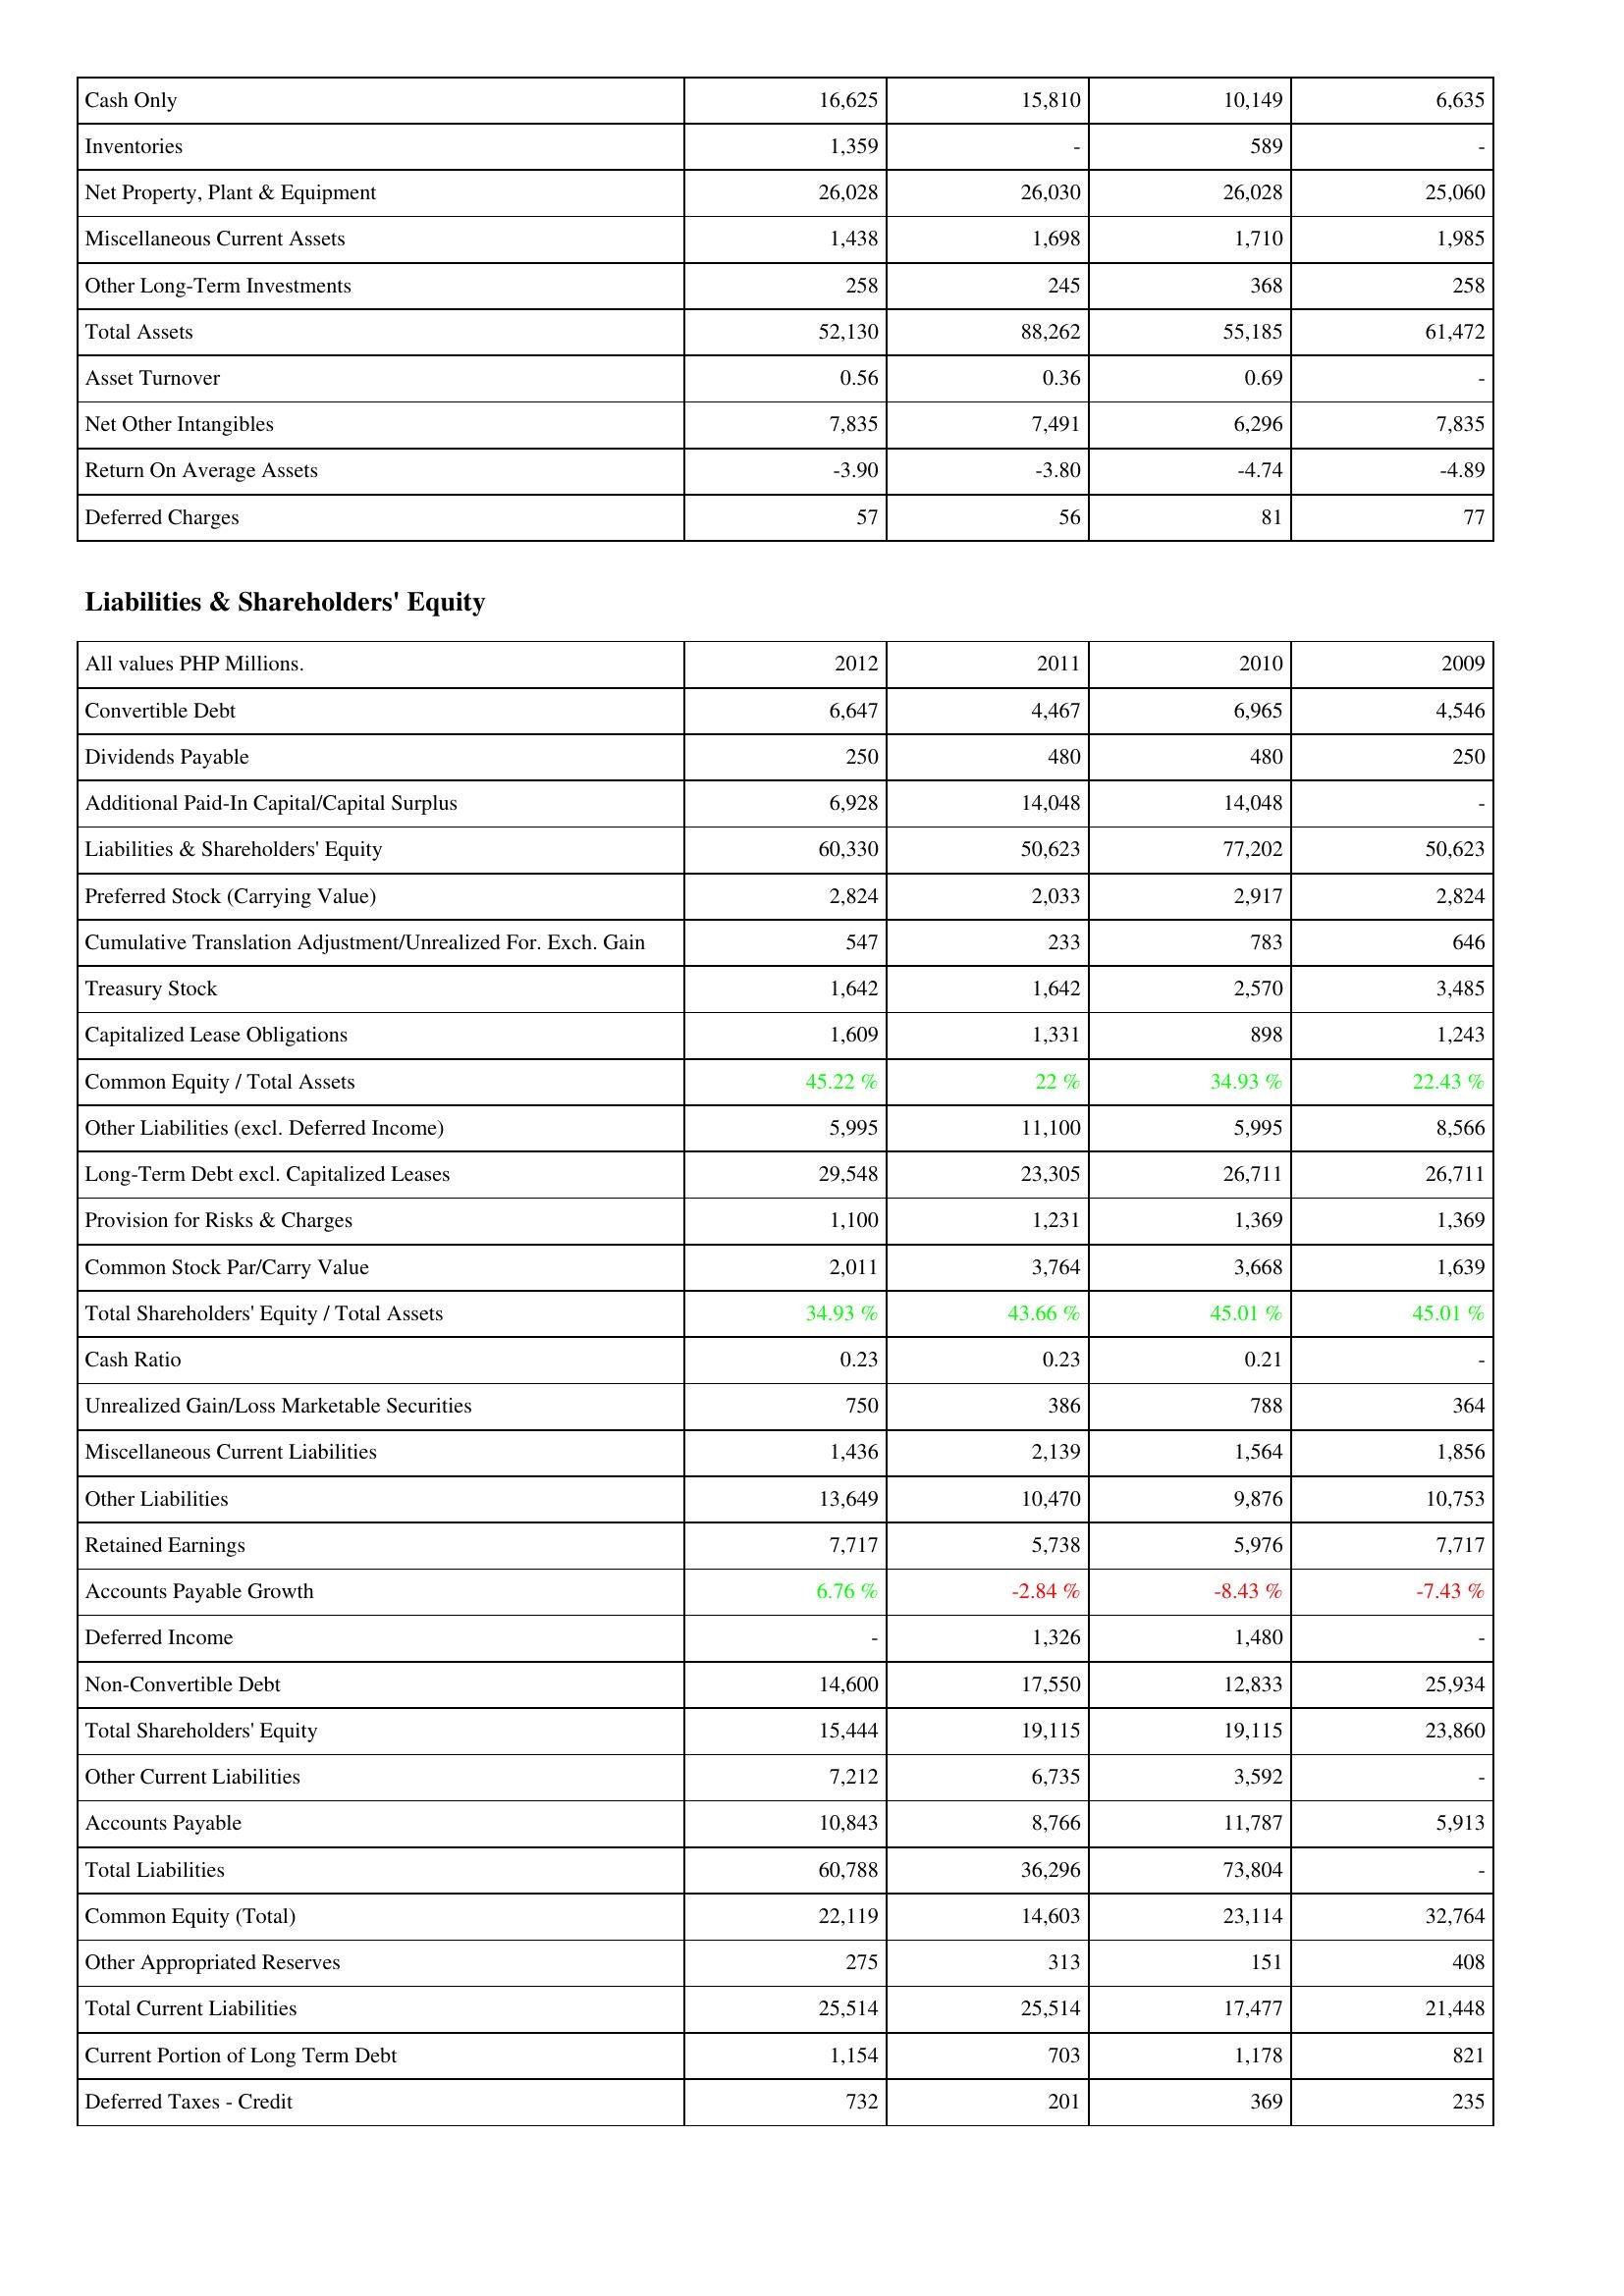
2012: Assets: Cash Only: 16,625
Inventories: 1,359
Net Property, Plant & Equipment: 26,028
Miscellaneous Current Assets: 1,438
Other Long-Term Investments: 258
Total Assets: 52,130
Asset Turnover: 0.56
Net Other Intangibles: 7,835
Return On Average Assets: -3.90
Deferred Charges: 57
Liabilities & Shareholders' Equity: Convertible Debt: 6,647
Dividends Payable: 250
Additional Paid-In Capital/Capital Surplus: 6,928
Liabilities & Shareholders' Equity: 60,330
Preferred Stock (Carrying Value): 2,824
Cumulative Translation Adjustment/Unrealized For. Exch. Gain: 547
Treasury Stock: 1,642
Capitalized Lease Obligations: 1,609
Common Equity / Total Assets: 45.22 %
Other Liabilities (excl. Deferred Income): 5,995
Long-Term Debt excl. Capitalized Leases: 29,548
Provision for Risks & Charges: 1,100
Common Stock Par/Carry Value: 2,011
Total Shareholders' Equity / Total Assets: 34.93 %
Cash Ratio: 0.23
Unrealized Gain/Loss Marketable Securities: 750
Miscellaneous Current Liabilities: 1,436
Other Liabilities: 13,649
Retained Earnings: 7,717
Accounts Payable Growth: 6.76 %
Deferred Income: -
Non-Convertible Debt: 14,600
Total Shareholders' Equity: 15,444
Other Current Liabilities: 7,212
Accounts Payable: 10,843
Total Liabilities: 60,788
Common Equity (Total): 22,119
Other Appropriated Reserves: 275
Total Current Liabilities: 25,514
Current Portion of Long Term Debt: 1,154
Deferred Taxes - Credit: 732
2011: Assets: Cash Only: 15,810
Inventories: -
Net Property, Plant & Equipment: 26,030
Miscellaneous Current Assets: 1,698
Other Long-Term Investments: 245
Total Assets: 88,262
Asset Turnover: 0.36
Net Other Intangibles: 7,491
Return On Average Assets: -3.80
Deferred Charges: 56
Liabilities & Shareholders' Equity: Convertible Debt: 4,467
Dividends Payable: 480
Additional Paid-In Capital/Capital Surplus: 14,048
Liabilities & Shareholders' Equity: 50,623
Preferred Stock (Carrying Value): 2,033
Cumulative Translation Adjustment/Unrealized For. Exch. Gain: 233
Treasury Stock: 1,642
Capitalized Lease Obligations: 1,331
Common Equity / Total Assets: 22 %
Other Liabilities (excl. Deferred Income): 11,100
Long-Term Debt excl. Capitalized Leases: 23,305
Provision for Risks & Charges: 1,231
Common Stock Par/Carry Value: 3,764
Total Shareholders' Equity / Total Assets: 43.66 %
Cash Ratio: 0.23
Unrealized Gain/Loss Marketable Securities: 386
Miscellaneous Current Liabilities: 2,139
Other Liabilities: 10,470
Retained Earnings: 5,738
Accounts Payable Growth: -2.84 %
Deferred Income: 1,326
Non-Convertible Debt: 17,550
Total Shareholders' Equity: 19,115
Other Current Liabilities: 6,735
Accounts Payable: 8,766
Total Liabilities: 36,296
Common Equity (Total): 14,603
Other Appropriated Reserves: 313
Total Current Liabilities: 25,514
Current Portion of Long Term Debt: 703
Deferred Taxes - Credit: 201
2010: Assets: Cash Only: 10,149
Inventories: 589
Net Property, Plant & Equipment: 26,028
Miscellaneous Current Assets: 1,710
Other Long-Term Investments: 368
Total Assets: 55,185
Asset Turnover: 0.69
Net Other Intangibles: 6,296
Return On Average Assets: -4.74
Deferred Charges: 81
Liabilities & Shareholders' Equity: Convertible Debt: 6,965
Dividends Payable: 480
Additional Paid-In Capital/Capital Surplus: 14,048
Liabilities & Shareholders' Equity: 77,202
Preferred Stock (Carrying Value): 2,917
Cumulative Translation Adjustment/Unrealized For. Exch. Gain: 783
Treasury Stock: 2,570
Capitalized Lease Obligations: 898
Common Equity / Total Assets: 34.93 %
Other Liabilities (excl. Deferred Income): 5,995
Long-Term Debt excl. Capitalized Leases: 26,711
Provision for Risks & Charges: 1,369
Common Stock Par/Carry Value: 3,668
Total Shareholders' Equity / Total Assets: 45.01 %
Cash Ratio: 0.21
Unrealized Gain/Loss Marketable Securities: 788
Miscellaneous Current Liabilities: 1,564
Other Liabilities: 9,876
Retained Earnings: 5,976
Accounts Payable Growth: -8.43 %
Deferred Income: 1,480
Non-Convertible Debt: 12,833
Total Shareholders' Equity: 19,115
Other Current Liabilities: 3,592
Accounts Payable: 11,787
Total Liabilities: 73,804
Common Equity (Total): 23,114
Other Appropriated Reserves: 151
Total Current Liabilities: 17,477
Current Portion of Long Term Debt: 1,178
Deferred Taxes - Credit: 369
2009: Assets: Cash Only: 6,635
Inventories: -
Net Property, Plant & Equipment: 25,060
Miscellaneous Current Assets: 1,985
Other Long-Term Investments: 258
Total Assets: 61,472
Asset Turnover: -
Net Other Intangibles: 7,835
Return On Average Assets: -4.89
Deferred Charges: 77
Liabilities & Shareholders' Equity: Convertible Debt: 4,546
Dividends Payable: 250
Additional Paid-In Capital/Capital Surplus: -
Liabilities & Shareholders' Equity: 50,623
Preferred Stock (Carrying Value): 2,824
Cumulative Translation Adjustment/Unrealized For. Exch. Gain: 646
Treasury Stock: 3,485
Capitalized Lease Obligations: 1,243
Common Equity / Total Assets: 22.43 %
Other Liabilities (excl. Deferred Income): 8,566
Long-Term Debt excl. Capitalized Leases: 26,711
Provision for Risks & Charges: 1,369
Common Stock Par/Carry Value: 1,639
Total Shareholders' Equity / Total Assets: 45.01 %
Cash Ratio: -
Unrealized Gain/Loss Marketable Securities: 364
Miscellaneous Current Liabilities: 1,856
Other Liabilities: 10,753
Retained Earnings: 7,717
Accounts Payable Growth: -7.43 %
Deferred Income: -
Non-Convertible Debt: 25,934
Total Shareholders' Equity: 23,860
Other Current Liabilities: -
Accounts Payable: 5,913
Total Liabilities: -
Common Equity (Total): 32,764
Other Appropriated Reserves: 408
Total Current Liabilities: 21,448
Current Portion of Long Term Debt: 821
Deferred Taxes - Credit: 235